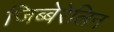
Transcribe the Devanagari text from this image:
जिब्बेरेलिन